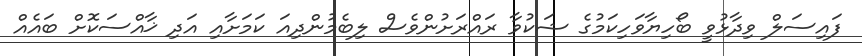
ފައިސަލް ވިދާޅުވީ ބޯހިޔާވަހިކަމުގެ ޝަކުވާ ރައްރަށުންވެސް ލިބެމުންދިއަ ކަމަށާއި އަދި ޚާއްސަކޮށް ބައެއް